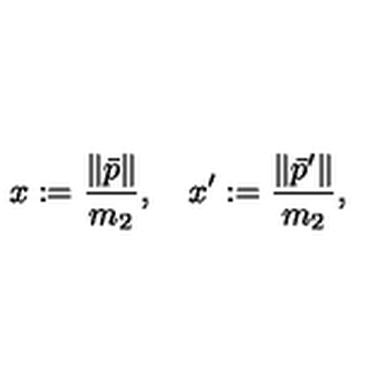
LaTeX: x : = \frac { \| \bar { p } \| } { m _ { 2 } } , \quad x ^ { \prime } : = \frac { \| \bar { p } ^ { \prime } \| } { m _ { 2 } } , \quad